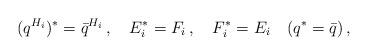
LaTeX: \begin{align*}(q^{H_i})^*={\bar q}^{H_i}\,,\quad E_i^*=F_i\,,\quad F_i^*=E_i\quad (q^*=\bar q)\,,\end{align*}